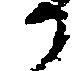
か